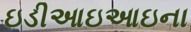
ઇડીઆઇઆઇના